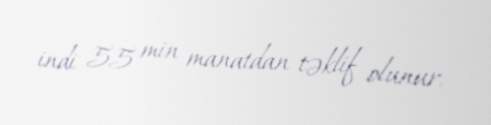
indi 55 min manatdan təklif olunur.